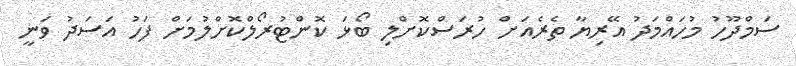
ސަމްދޫހު މުހައްމަދު އޭރިޔާ ތެރެއަށް ހުރަސްކޮށްލި ބޯޅަ ކޮންޓުރޯލްކޮށްލުމަށް ފަހު އަސަދު ވަނީ